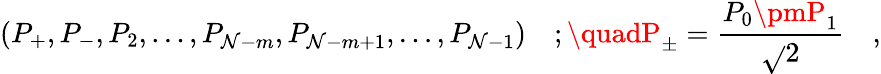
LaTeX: \left(P_{+},P_{-},P_{2},\ldots,P_{\mathcal{N}-m},P_{\mathcal{N}-m+1},\ldots,P_{\mathcal{N}-1}\right)\quad;\quadP_{\pm}=\frac{{P_{0}\pmP_{1}}}{{\sqrt{}{{2}}}}\quad,